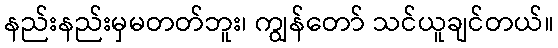
နည်းနည်းမှမတတ်ဘူး၊ ကျွန်တော် သင်ယူချင်တယ်။